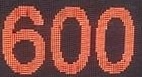
600